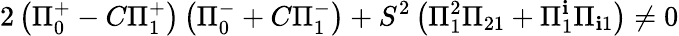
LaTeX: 2\left(\Pi_{0}^{+}-C\Pi_{1}^{+}\right)\left(\Pi_{0}^{-}+C\Pi_{1}^{-}\right)+S^{2}\left(\Pi_{1}^{2}\Pi_{21}+\Pi_{1}^{\mathbf{i}}\Pi_{\mathbf{i}1}\right)\neq0